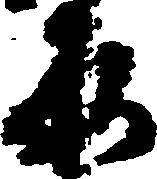
原